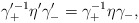
\begin{align*}\gamma_+^{\prime -1} \eta' \gamma'_- = \gamma_+^{-1} \eta \gamma_-,\end{align*}